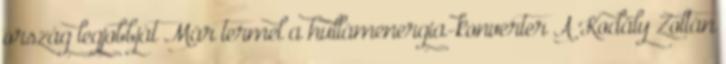
ország legjobbját Már termel a hullámenergia-konverter A Kodály Zoltán